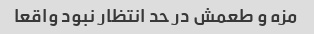
مزه و طعمش در حد انتظار نبود واقعا